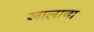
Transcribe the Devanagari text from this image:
जालाचा